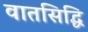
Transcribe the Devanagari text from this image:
वातसिद्धि